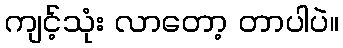
ကျင့်သုံး လာတော့ တာပါပဲ။